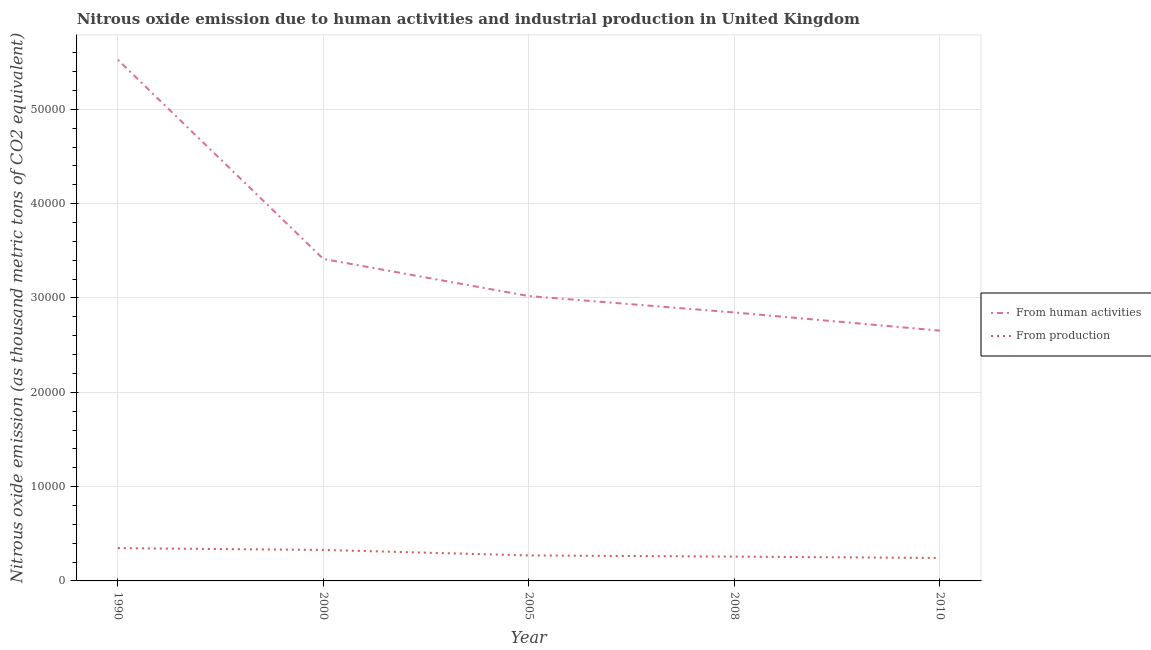
| Year | From human activities | From production |
 | --- | --- | --- |
 | 1990 | 5.53e+04 | 3.48e+03 |
 | 2000 | 3.41e+04 | 3.28e+03 |
 | 2005 | 3.02e+04 | 2.7e+03 |
 | 2008 | 2.85e+04 | 2.58e+03 |
 | 2010 | 2.65e+04 | 2.43e+03 |